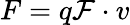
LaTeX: F=q{\mathcal{F}}\cdot v